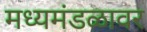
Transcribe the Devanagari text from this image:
मध्यमंडळावर